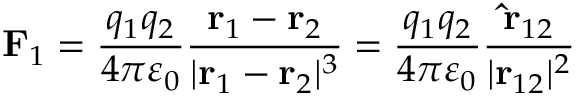
\mathbf { F } _ { 1 } = { \frac { q _ { 1 } q _ { 2 } } { 4 \pi \varepsilon _ { 0 } } } { \frac { \mathbf { r } _ { 1 } - \mathbf { r } _ { 2 } } { | \mathbf { r } _ { 1 } - \mathbf { r } _ { 2 } | ^ { 3 } } } = { \frac { q _ { 1 } q _ { 2 } } { 4 \pi \varepsilon _ { 0 } } } { \frac { \mathbf { \hat { r } } _ { 1 2 } } { | \mathbf { r } _ { 1 2 } | ^ { 2 } } }